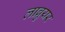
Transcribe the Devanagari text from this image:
लाब्रुयर